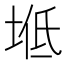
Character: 𡌠